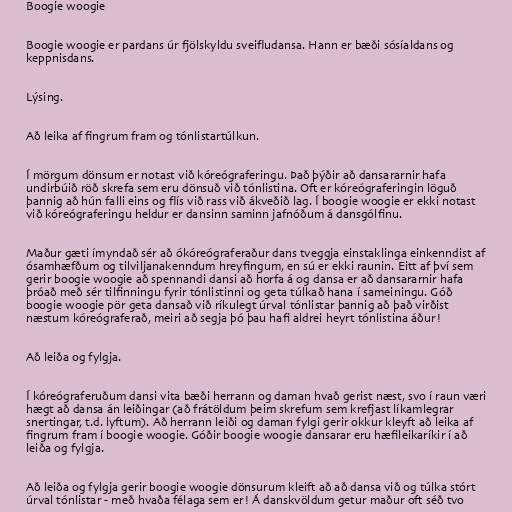
Boogie woogie

Boogie woogie er pardans úr fjölskyldu sveifludansa. Hann er bæði sósíaldans og
keppnisdans.

Lýsing.

Að leika af fingrum fram og tónlistartúlkun.

Í mörgum dönsum er notast við kóreógraferingu. Það þýðir að dansararnir hafa
undirbúið röð skrefa sem eru dönsuð við tónlistina. Oft er kóreógraferingin löguð
þannig að hún falli eins og flís við rass við ákveðið lag. Í boogie woogie er ekki notast
við kóreógraferingu heldur er dansinn saminn jafnóðum á dansgólfinu.

Maður gæti ímyndað sér að ókóreógraferaður dans tveggja einstaklinga einkenndist af
ósamhæfðum og tilviljanakenndum hreyfingum, en sú er ekki raunin. Eitt af því sem
gerir boogie woogie að spennandi dansi að horfa á og dansa er að dansararnir hafa
þróað með sér tilfinningu fyrir tónlistinni og geta túlkað hana í sameiningu. Góð
boogie woogie pör geta dansað við ríkulegt úrval tónlistar þannig að það virðist
næstum kóreógraferað, meiri að segja þó þau hafi aldrei heyrt tónlistina áður!

Að leiða og fylgja.

Í kóreógraferuðum dansi vita bæði herrann og daman hvað gerist næst, svo í raun væri
hægt að dansa án leiðingar (að frátöldum þeim skrefum sem krefjast líkamlegrar
snertingar, t.d. lyftum). Að herrann leiði og daman fylgi gerir okkur kleyft að leika af
fingrum fram í boogie woogie. Góðir boogie woogie dansarar eru hæfileikaríkir í að
leiða og fylgja.

Að leiða og fylgja gerir boogie woogie dönsurum kleift að að dansa við og túlka stórt
úrval tónlistar - með hvaða félaga sem er! Á danskvöldum getur maður oft séð tvo